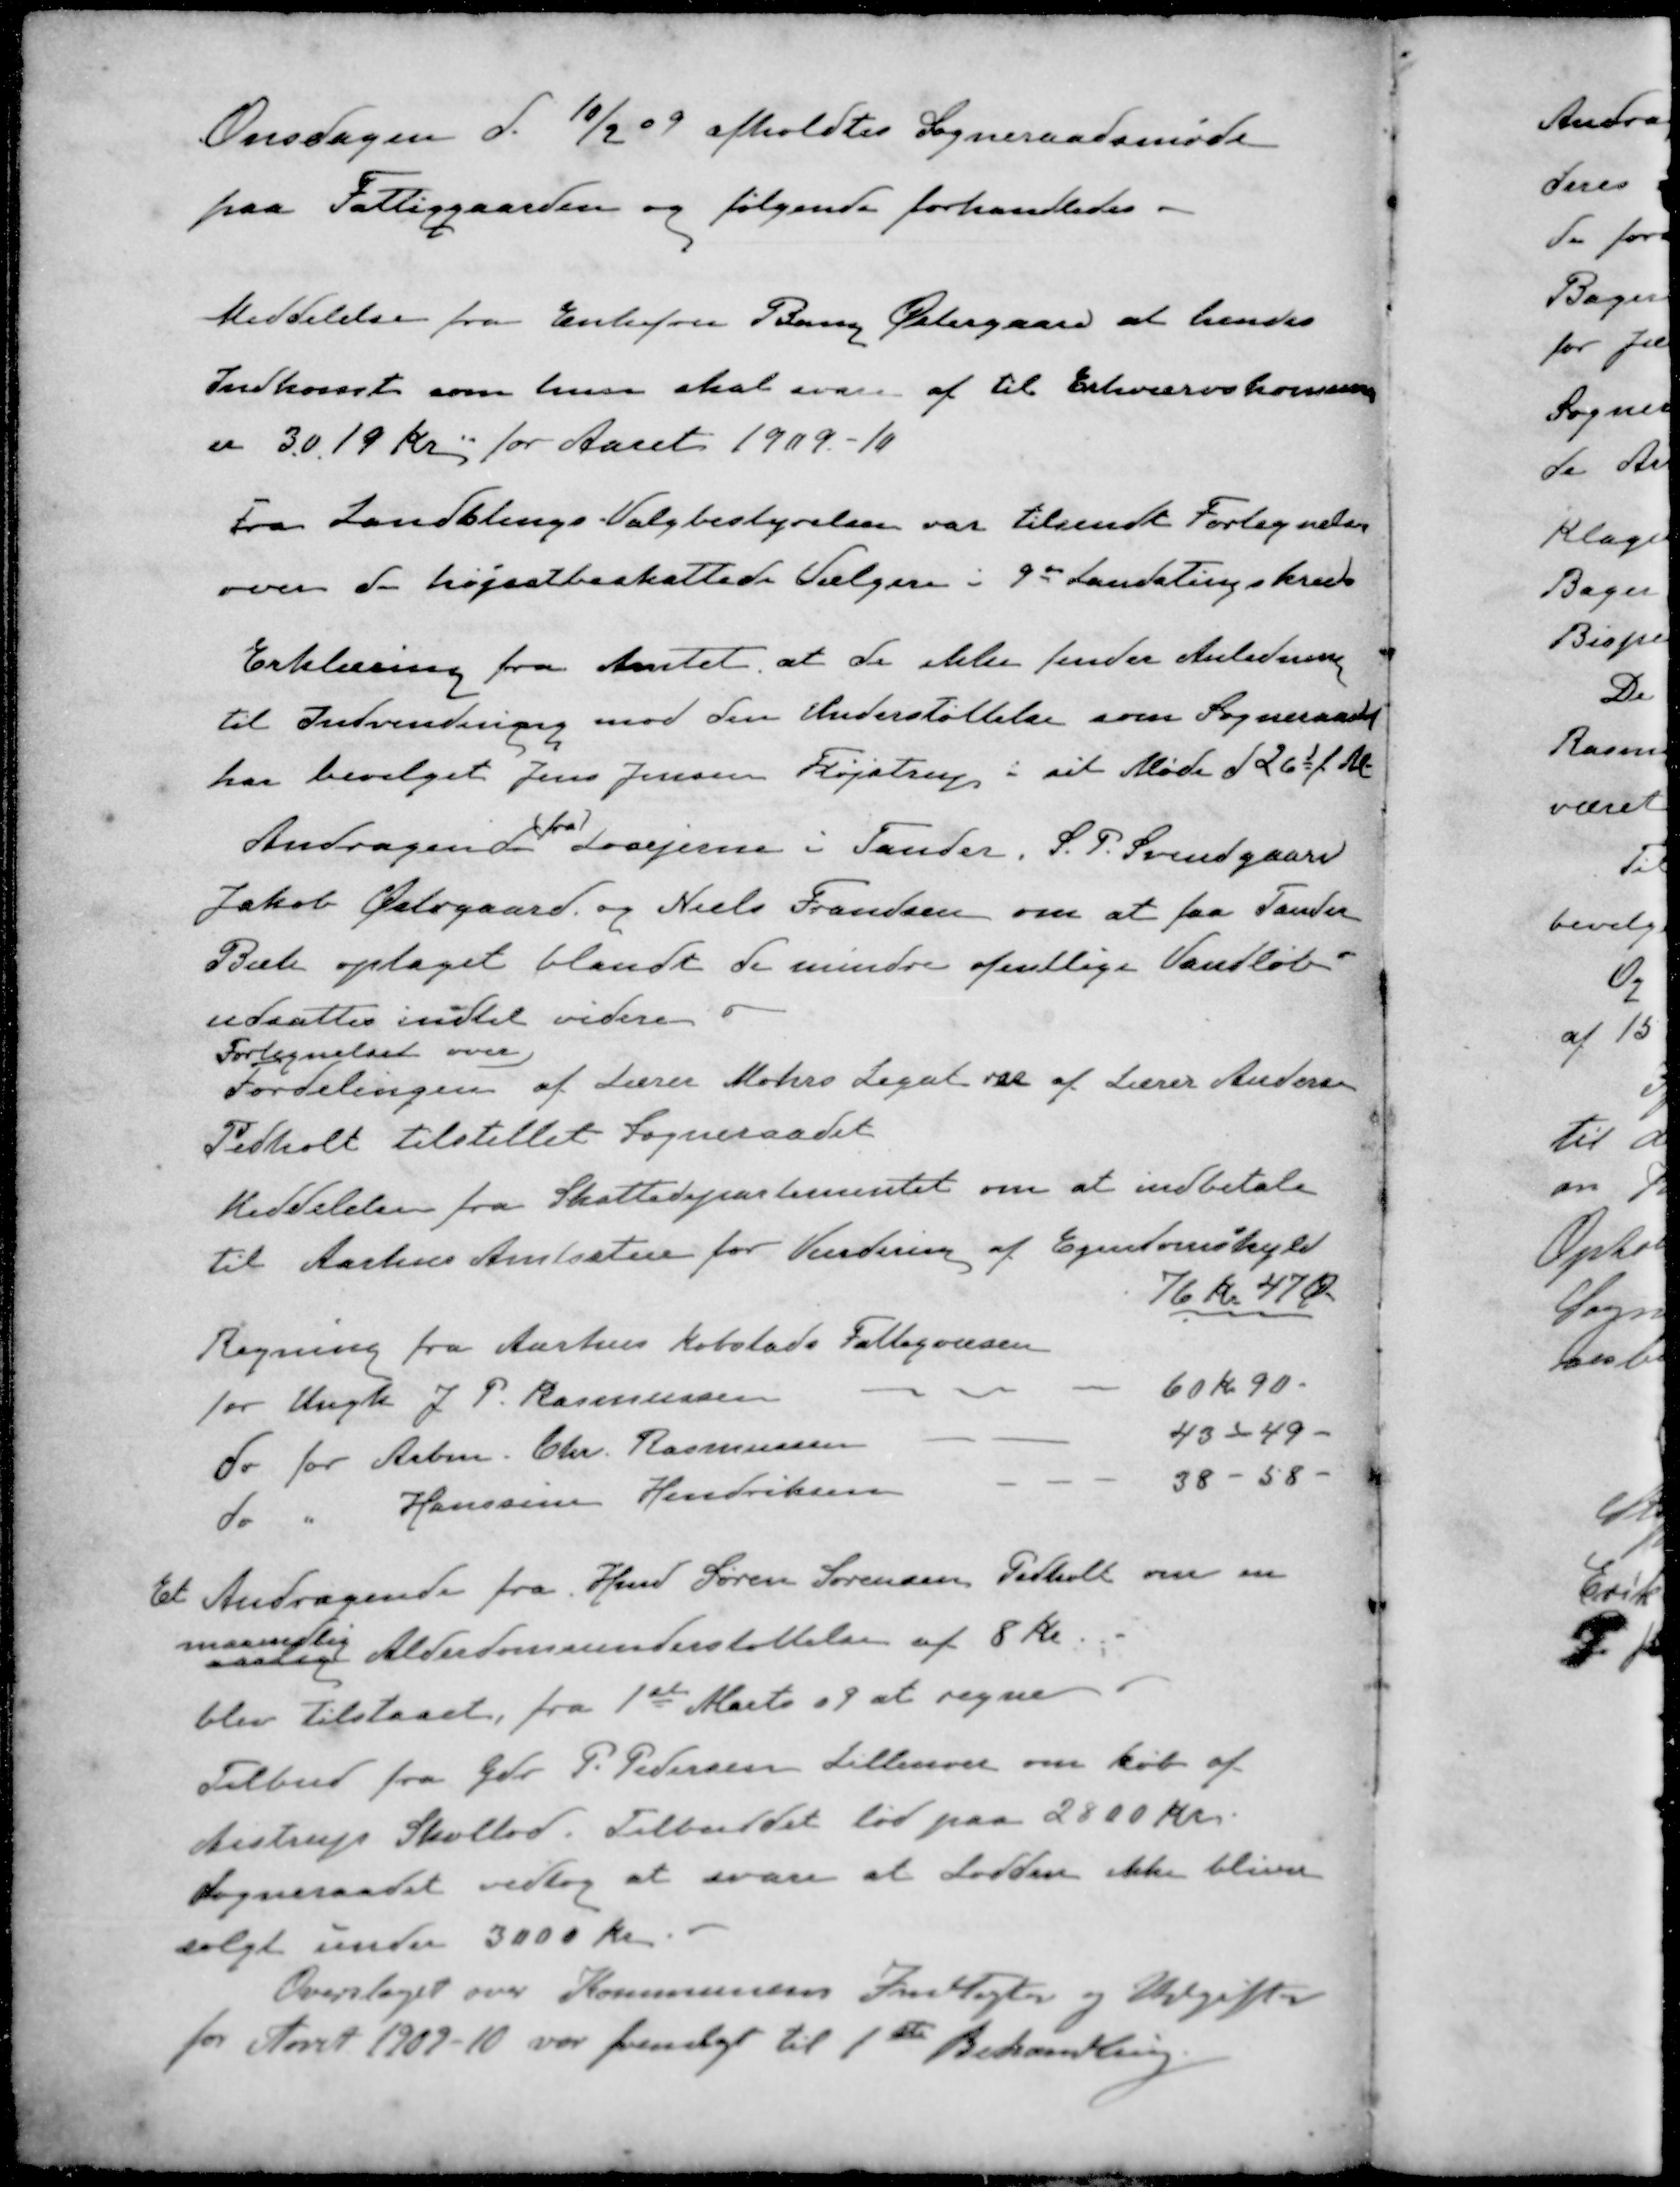
Transskription:
Onsdagen d. 10/2 09 afholdtes Sogneraadsmøde
paa Fattiggaarden og følgende forhandledes.
Meddelelse fra Enkefru Bang Østergaard at hendes
Indkomst som hun skal svare af til Erhvervskommunen
er 3019 Kr for Aaret 1909-10
Fra Landstings Valgbestyrelsen var tilsendt Fortegnelse
over de højstbeskattede Sælger i 9de Landstingskreds
Erklæring fra Amtet, at de ikke finder Anledning
til Indvendinger mod den Understøttelse som Sogneraadet
har bevilget Jens Jensen Fløjstrup i sit Møde d. 26d f. M
(fra)
Andragende Losejerne i Tander. S. P. Svendgaard
Jakob Østegaard og Niels Frandsen om at faa Tander
Bæk optaget blandt de mindre ofentlige Vandløb.
udsattes indtil videre
Fortegnelset over
Fordelingen af Lærer Mohrs Legat var af Lærer Andersen
Pedholt tilstillet Sogneraadet
Meddelelse fra Skattedepartementet om at indbetale
til Aarhus Amtsstue for Vurdering af Ejendomskyld
76 kr. 47 Øre
Regning fra Aarhus Købstads Fattigvæsen
for Ungk J. P. Rasmussen
60 kr. 90
do for Arbm. Chr. Rasmussen
43 - 49 -
do " Hanssine Hendriksen
38 - 58
Et Andragende fra Hmd Søren Sørensen Pedholt om en
maanedlig
nlig Alderdomsunderstøttelse af 8 Kr
blev tilstaaet, fra 1ste Marts 09 at regne.
Tilbud fra Gdr. P. Pedersen Lillenor om køb af
Aistrup Skollod. Tilbuddet lød paa 2800 Kr.
Sogneraadet vedtog at svare at Lodden ikke bliver
solgt under 3000 Kr
Overslaget over Kommunens Indtægter og Udgifter
for Aaret 1909-10 var fremlagt til 1ste Behandling